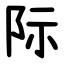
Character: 际